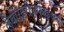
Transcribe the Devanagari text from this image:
लैबोरेटरीजफाइजर